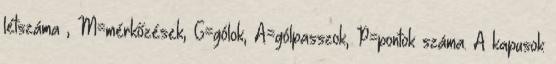
létszáma , M=mérkőzések, G=gólok, A=gólpasszok, P=pontok száma. A kapusok